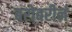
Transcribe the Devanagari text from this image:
बरोबरीनं